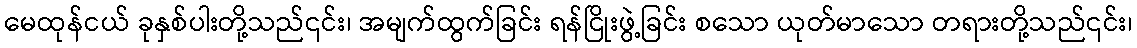
မေထုန်ငယ် ခုနှစ်ပါးတို့သည်၎င်း၊ အမျက်ထွက်ခြင်း ရန်ငြိုးဖွဲ့ခြင်း စသော ယုတ်မာသော တရားတို့သည်၎င်း၊